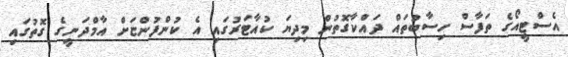
އެސްޓީއޯގެ ތަފާސް ހިސާބުތައް ދައްކާގޮތުން މިދިޔަ ކުއާޓަރުގައި އެ ކުންފުންޏަށް އާމްދަނީގެ ގޮތުގައި